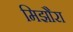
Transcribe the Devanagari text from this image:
मिझौरा